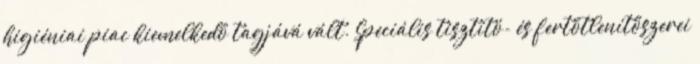
higiéniai piac kiemelkedő tagjává vált. Speciális tisztító- és fertőtlenítőszerei